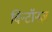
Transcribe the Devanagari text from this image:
विन्टॉनज़